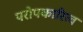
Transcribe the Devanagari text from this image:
परोपकारित्व